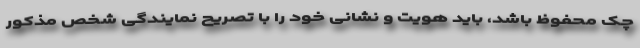
چک محفوظ باشد، باید هویت و نشانی خود را با تصریح نمایندگی شخص مذکور